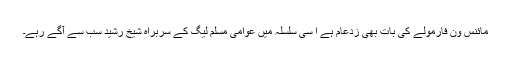
مائنس ون فارمولے کی بات بھی زدعام ہے ا سی سلسلہ میں عوامی مسلم لیگ کے سربراہ شیخ رشید سب سے آگے رہے۔